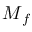
\boldsymbol { M } _ { f }